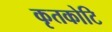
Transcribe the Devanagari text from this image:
कृतकोटि